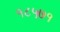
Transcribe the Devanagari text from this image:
१८५७१